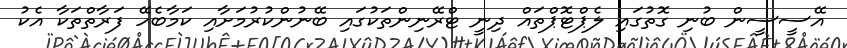
އޭސީސީން ބުނި ގޮތުގައި ލެޕްޓޮޕްތައް ދިނީ ޓްރޭނިންތަކުގައި ބޭނުންކުރުމަށާއި ކަމާބެހޭ ފަރާތްތަކާ އެކު